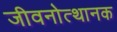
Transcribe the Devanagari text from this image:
जीवनोत्थानक